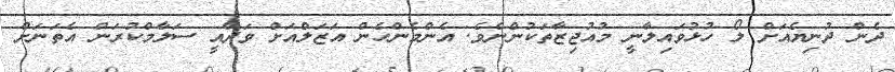
ދެން ދުނިޔެއަށް ލޯ ހުޅުވައިލާނީ މުއުޖިޒާތަކުންނެވެ. އެންމެންހެން އަޒަލްއަށް ވަދާއީ ސަލާމްކުރަން އެތަނަށް